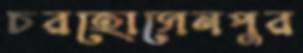
চরহোসেনপুর